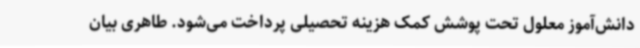
دانش‌آموز معلول تحت پوشش کمک هزینه تحصیلی پرداخت می‌شود. طاهری بیان